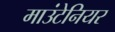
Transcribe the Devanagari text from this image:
माउंटेनियर